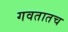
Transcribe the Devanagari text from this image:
गवतातच